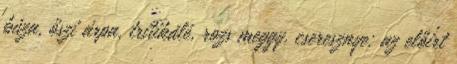
búza, őszi árpa, tritikálé, rozs meggy, cseresznye: az előírt